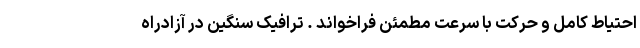
احتیاط کامل و حرکت با سرعت مطمئن فراخواند . ترافیک سنگین در آزادراه